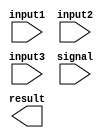
`timescale 1ns / 1ps
//////////////////////////////////////////////////////////////////////////////////
// Company: 
// Engineer: 
// 
// Design Name: 
// Module Name:    Multiplexer3to1 
// Project Name: 
// Target Devices: 
// Tool versions: 
// Description: 
//
// Dependencies: 
//
// Revision: 
// Revision 0.01 - File Created
// Additional Comments: 
//
//////////////////////////////////////////////////////////////////////////////////
module Multiplexer3to1(
    input [31:0] input1,
    input [31:0] input2,
    input [31:0] input3,
	 input [1:0]signal,
    output [31:0] result
    );

	
	
	assign out = signal==1? input2 : signal==0? input1 : input3 ;
	
endmodule